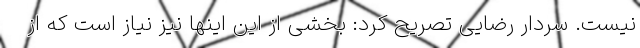
نیست. سردار رضایی تصریح کرد: بخشی از این اینها نیز نیاز است که از